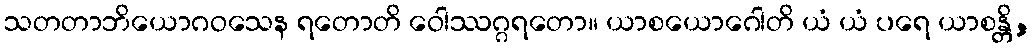
သတတာဘိယောဂဝသေန ရတောတိ ဝေါဿဂ္ဂရတော။ ယာစယောဂေါတိ ယံ ယံ ပရေ ယာစန္တိ,